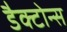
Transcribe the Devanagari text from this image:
डैक्टोन्स